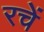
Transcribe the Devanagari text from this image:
रचें